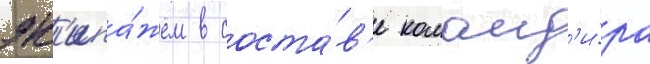
эк'ипа́жем в соста́в'е команд'и́ра